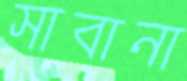
সাবানা